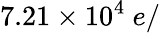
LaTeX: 7.21\times 10^{4}~e/